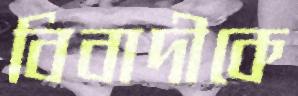
বিবাদীকে